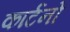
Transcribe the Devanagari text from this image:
कार्टनों